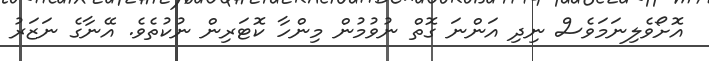
އޮށޯވެލިނަމަވެސް ނިދި އަންނަ ގޮތް ނުވުމުން މިންހާ ކޮޓަރިން ނުކުތެވެ. އޭނާގެ ނަޒަރު